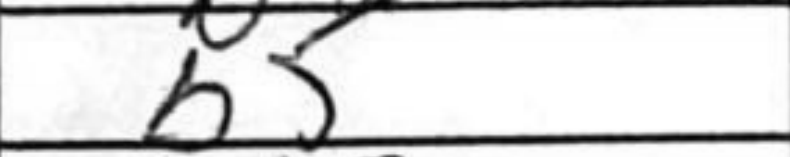
Transcription: B5